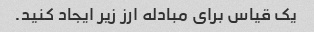
یک قیاس برای مبادله ارز زیر ایجاد کنید.